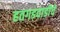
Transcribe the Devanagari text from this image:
हतगडवाडीचे